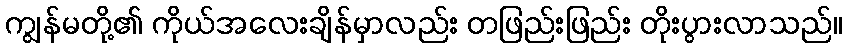
ကျွန်မတို့၏ ကိုယ်အလေးချိန်မှာလည်း တဖြည်းဖြည်း တိုးပွားလာသည်။